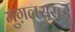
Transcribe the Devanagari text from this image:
मुग़लसराई